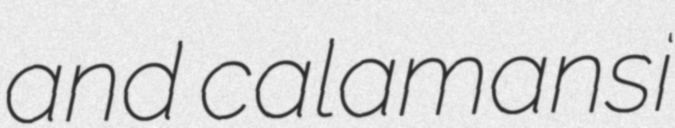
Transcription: and calamansi